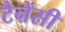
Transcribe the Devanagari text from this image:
टैनेंसी